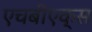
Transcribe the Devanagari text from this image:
एचबीएक्स